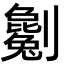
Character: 劖